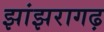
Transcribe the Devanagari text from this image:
झांझरागढ़